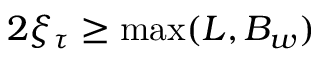
2 \xi _ { \tau } \ge \mathrm { m a x } ( L , B _ { w } )